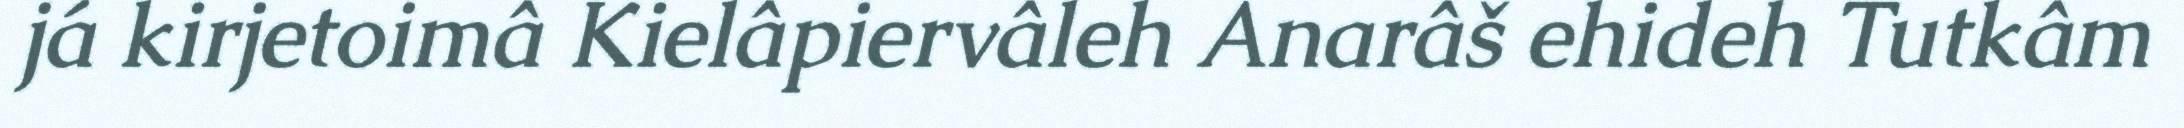
já kirjetoimâ Kielâpiervâleh Anarâš ehideh Tutkâm